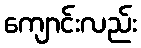
ကျောင်းလည်း